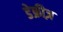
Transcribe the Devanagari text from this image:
डेफ्रीज़